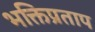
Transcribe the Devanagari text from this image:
भक्तिप्रताप